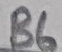
Text: B6